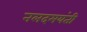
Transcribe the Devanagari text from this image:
नलदमयंती